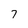
Character: 7